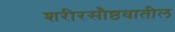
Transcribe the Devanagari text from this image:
शरीरसौष्ठवातील